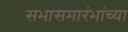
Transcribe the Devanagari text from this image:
सभासमारंभांच्या